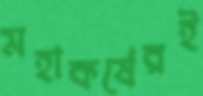
মহাকর্ষেরই